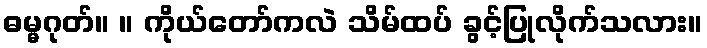
ဓမ္မဂုတ်။ ။ ကိုယ်တော်ကလဲ သိမ်ထပ် ခွင့်ပြုလိုက်သလား။